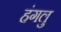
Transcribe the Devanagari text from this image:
हंगलु